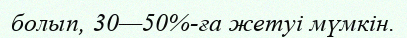
болып, 30—50%-ға жетуі мүмкін.